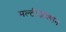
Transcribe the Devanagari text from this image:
मल्टीजंक्शन